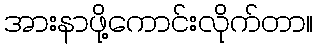
အားနာဖို့ကောင်းလိုက်တာ။